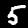
Digit: 5